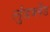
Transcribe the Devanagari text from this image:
लुंडब्लैंड